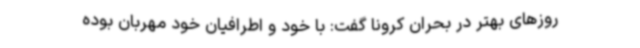
روزهای بهتر در بحران کرونا گفت: با خود و اطرافیان خود مهربان بوده